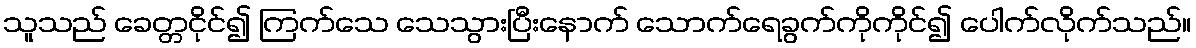
သူသည် ခေတ္တငိုင်၍ ကြက်သေ သေသွားပြီးနောက် သောက်ရေခွက်ကိုကိုင်၍ ပေါက်လိုက်သည်။